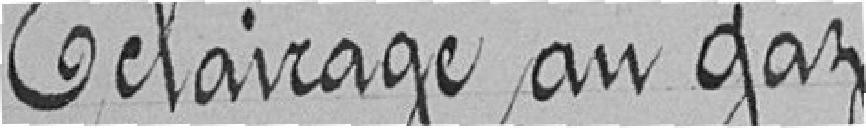
Eclairage au gaz .